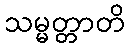
သမ္မတ္တာတိ